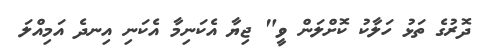
ދޮރުގެ ތަޅު ހަލާކު ކޮށްލަން ވީ" ޖިޔާ އެކަނިމާ އެކަނި އިނދެ އަމިއްލަ